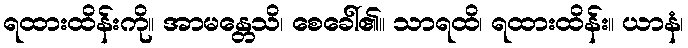
ရထားထိန်းကို။ အာမန္တေသိ၊ စေခေါ်၏။ သာရထိ၊ ရထားထိန်း။ ယာနံ၊